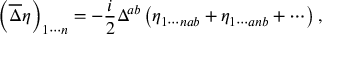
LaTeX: \left( \overline { { { \Delta } } } \eta \right) _ { 1 \cdots n } = - \frac { i } { 2 } \Delta ^ { a b } \left( \eta _ { 1 \cdots n a b } + \eta _ { 1 \cdots a n b } + \cdots \right) ,